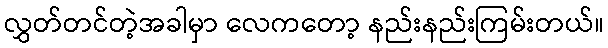
လွှတ်တင်တဲ့အခါမှာ လေကတော့ နည်းနည်းကြမ်းတယ်။